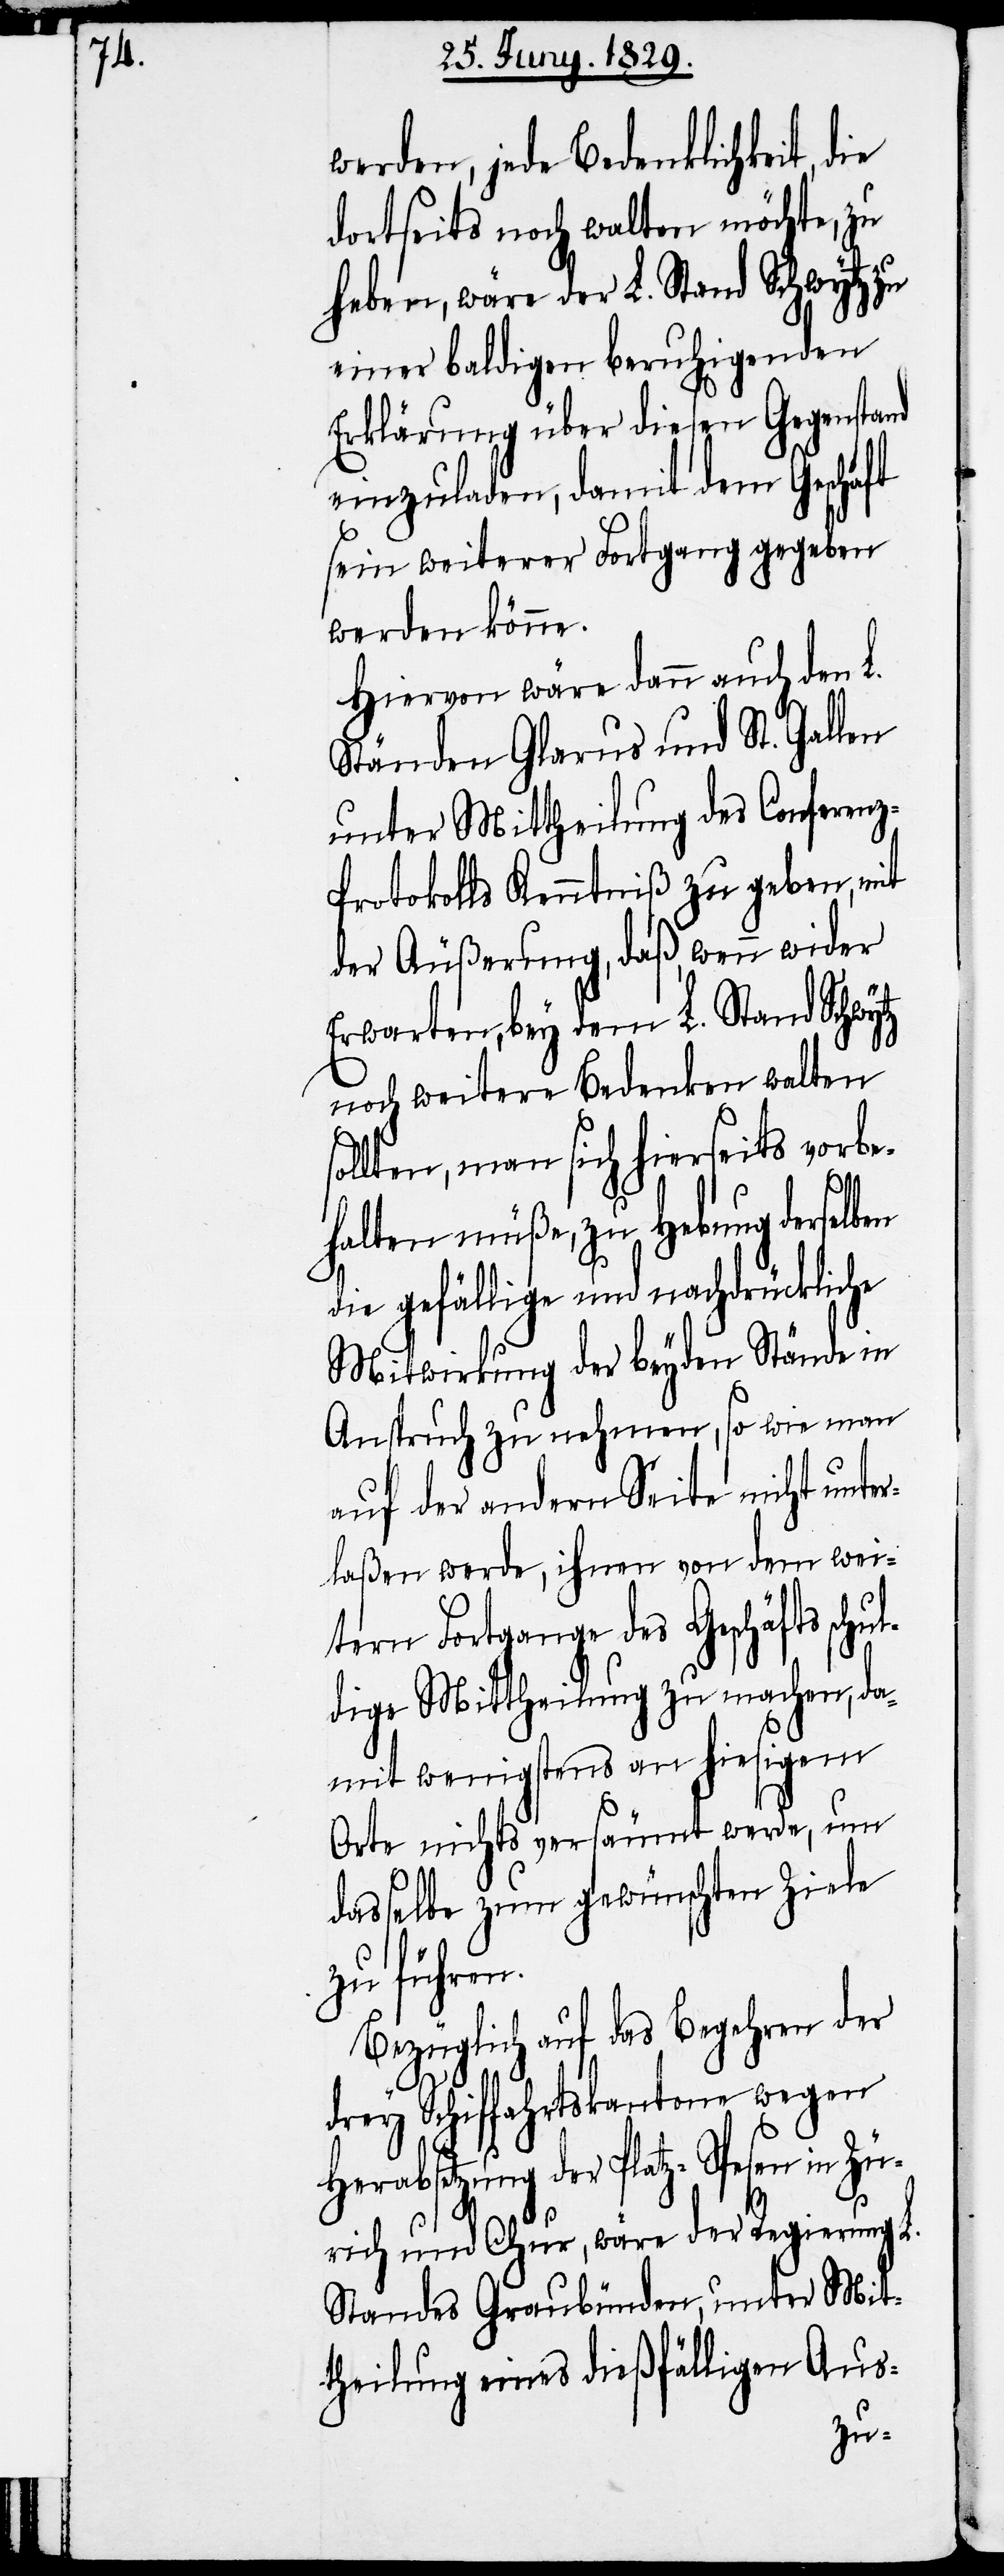
ben

werden, jede Bedenklichkeit, die
dortseits noch walten möchte, zu
haben, wäre der L. Stand Schwytz zu
einer baldigen beruhigenden
Erklärung über diesen Gegenstand
einzuladen, damit dem Geschäft
sein weiterer Fortgang gegeben
werden könne.
Hiervon wäre dann auch den L.
Ständen Glarus und St. Gallen
unter Mittheilung des Conferen¬
z-Protokolls Kenntniß zu geben, mit
der Äußerung, daß, wenn wider
Erwarten, bey dem L. Stand Schwytz
noch weitere Bedenken walten
sollten, man sich hierseits vorbe¬
halten müße, zu Hebung dersel¬
die gefällige und nachdrückliche
Mitwirkung der beyden Stände in
Anspruch zu nehmen, so wie man
auf der andern Seite nicht unter¬
laßen werde, ihnen von dem wei¬
tern Fortgange des Geschäfts schu¬
ldige Mittheilung zu machen, da¬
mit wenigstens an hiesigem
Orte nichts versäumt werde, um
dasselbe zum gewünschten Ziele
zu führen.
Bezüglich auf das Begehren der
drey Schiffahrtskantone wegen
der Platz-Spesen in Zü¬
rich und Chur, wäre der Regierung L.
Standes Graubünden, unter MIt¬
theilung eines dießfälligen Aus-